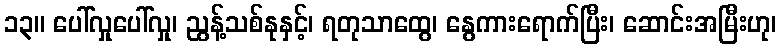
၁၃။ ပေါ်လှုပေါ်လှု၊ ညွန့်သစ်နုနှင့်၊ ရတုသာထွေ၊ နွေကားရောက်ပြီး၊ ဆောင်းအမြီးဟု၊